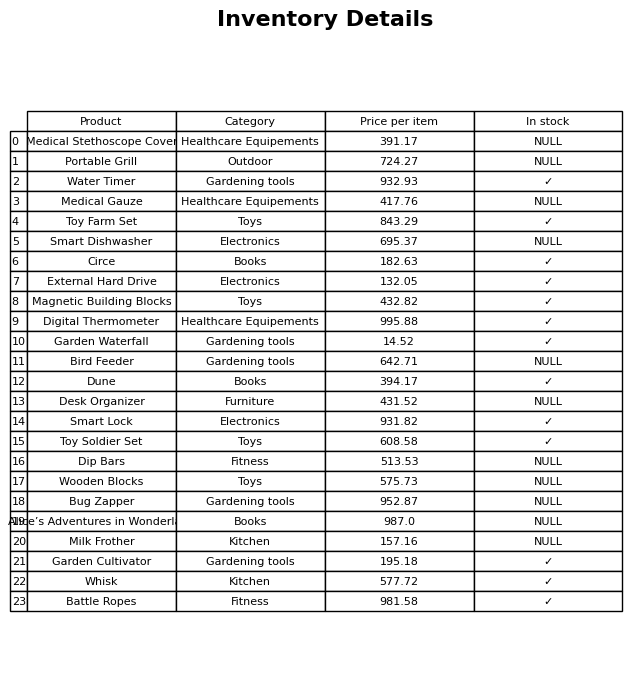
question: What is the price for Smart Lock?
answer: The price of Smart Lock is 931.82.